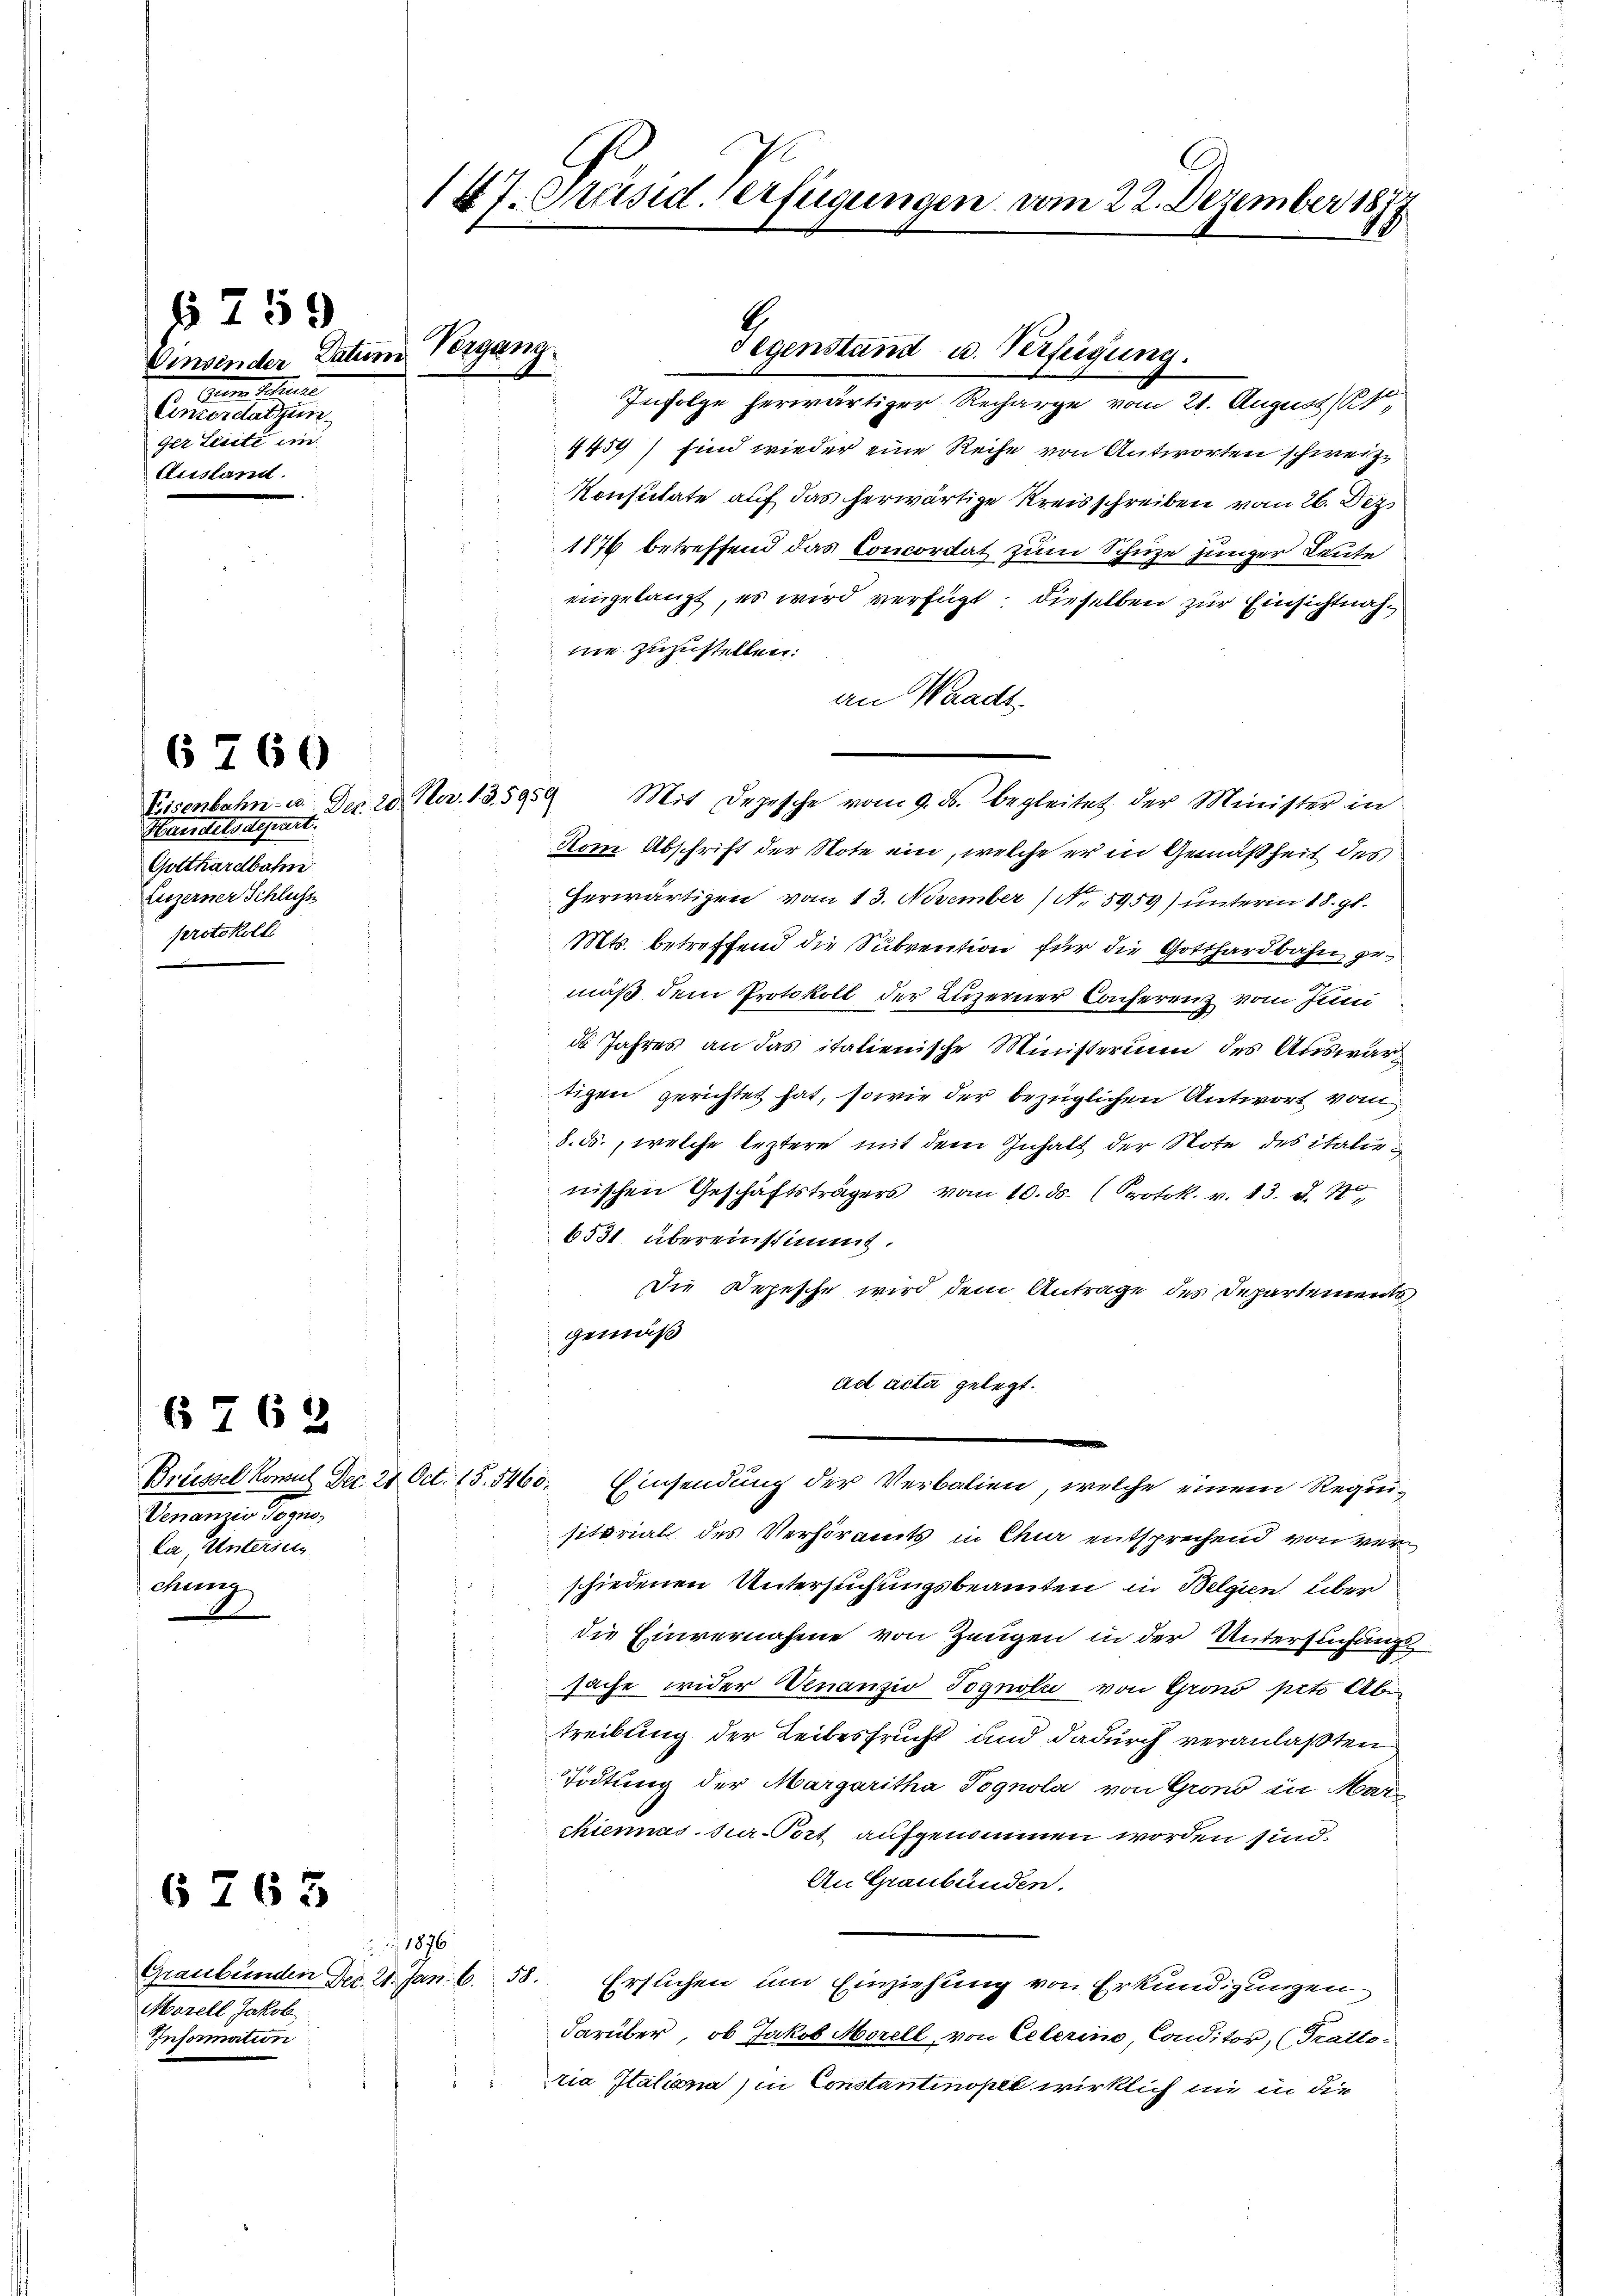
Vinsender Datum
1. Gener Sichen
Einzerdatzun
ger Leiste im
Ausland.

§ 259

Handels definiti
Gotthardbahn
Luzerner Schluss
protokoll.

6760

Brüssel Konsul Dec. 24. Oct. 15. 5468.
Veranzen Tagen,
Da Untersetz
dung

6762

Graubünden Dec. 21. Jan. 658.
Marell Jakob.
Information

6763

147. Präsid. Verfügungen vom 22. Dezember 1879

Gegenstand u. Verfügung.
Infolge herwärtiger Recharge vom 21. August (lt.
4459) sind wieder eine Reihe von Antworten schweize
Konsulate auf das herwärtige Kreisschreiben vom 26. Dez.
1876 betreffend das Concordat zum Schuze junger Leute
eingelangt, es wird verfügt: dieselben zur Einsichtnahmie zuzustellen:
an Waadt
Eisenbahn- u. Der 20. Nov. 13. 5959 Mit Depesche vom 9. ds. begleitet der Minister in
Kom Abschrift der Note ein, welche er in Gemäßheit des
herwärtigen vom 13. November (Nr. 5959) unterm 18. gl.
Mts. betreffend die Subvention für die Gotthardbahn gemäß dem Protokoll der Luzerner Conferenz vom Juni
de Jahres an das italienische Ministerium des Auswärs
tigen gerichtet hat, sowie der bezüglichen Antwort vom
8. ds., welche leztere mit dem Inhalt der Note des italienischen Geschäftsträgers vom 10. ds. (Protok. v. 13. d. 1,
6531 übereinstimmt.
Die Depesche wird dem Antrage des Departements
gemäß
ad acta gelegt.
Einsendung der Verbalien, welche einem Requisitorial des Verhöramts in Chur entsprechend von verschiedenen Untersuchungsbeamten in Belgien über
die Einvernahme von Zeugen in der Untersuchungssache wider Venanziv Pognola von Grono pit. Abe
treibung der Leibesfrucht und dadurch veranlaßten
Tödtung der Margaritha Pognola von Grono in Marchienasse-Port aufgenommen worden sind.
An Graubünden.
11970.
Ersuchen und Einziehung von Erkundigungen
darüber, ob Jakob Morell, von Celerino, Conditor, (Tratto
ia Italiana in Constantinopet wirklich in in die

Vergang